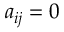
a _ { i j } = 0